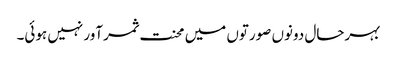
بہرحال دونوں صورتوں میں محنت ثمرآور نہیں ہوئی۔